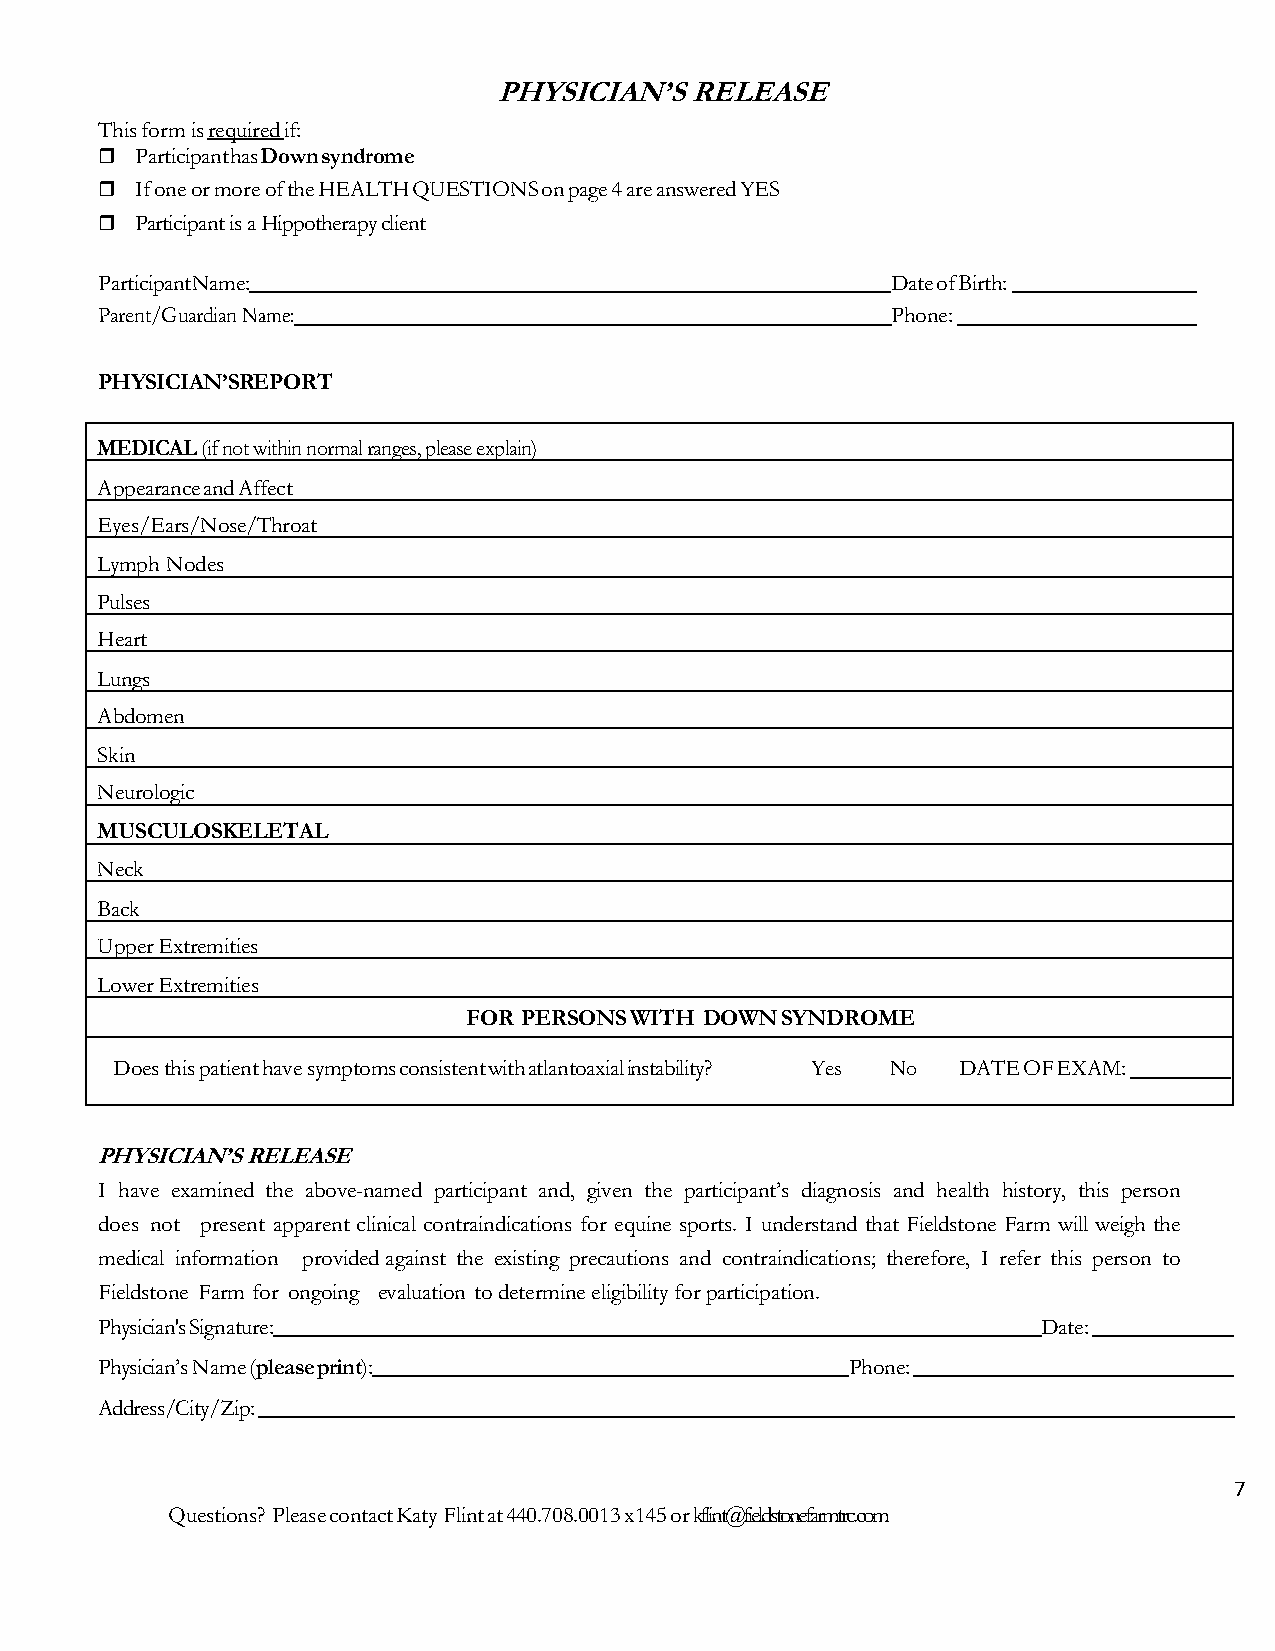
PHYSICIAN’S  RELEASE
 This form is required if:
   Participant has Down syndrome
   If one or more of the HEALTH QUESTIONS on page 4 are answered YES
   Participant is a Hippotherapy client
 Participant Name:                                   Date of Birth:
 Parent/Guardian Name:                               Phone:
 PHYSICIAN’SREPORT
 MEDICAL (if not within normal ranges, please explain)
 Appearance and Affect
 Eyes/Ears/Nose/Throat
 Lymph Nodes
 Pulses
 Heart
 Lungs
 Abdomen
 Skin
 Neurologic
 MUSCULOSKELETAL
 Neck
 Back
 Upper Extremities
 Lower Extremities
 FOR PERSONS WITH DOWN SYNDROME
 Does this patient have symptoms consistent with atlantoaxial instability? Yes No DATE OF EXAM:
 PHYSICIAN’S RELEASE
 I have examined the above-named participant and, given the participant’s diagnosis and health history, this person
 does not present apparent clinical contraindications for equine sports. I understand that Fieldstone Farm will weigh the
 medical information provided against the existing precautions and contraindications; therefore, I refer this person to
 Fieldstone Farm for ongoing evaluation to determine eligibility for participation.
 Physician's Signature:                                        Date:
 Physician’s Name (please print):                 Phone:
 Address/City/Zip:
 7
 Questions? Please contact Katy Flint at 440.708.0013 x145 or kflint@fieldstonefarmtrc.com